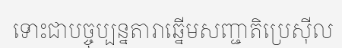
ទោះជាបច្ចុប្បន្នតារាឆ្នើមសញ្ជាតិប្រេស៊ីល